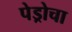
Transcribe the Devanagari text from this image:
पेड्रोचा